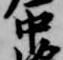
中